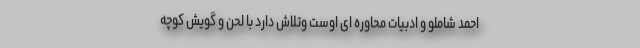
احمد شاملو و ادبیات محاوره ای‌ اوست وتلاش دارد با لحن و گویش کوچه